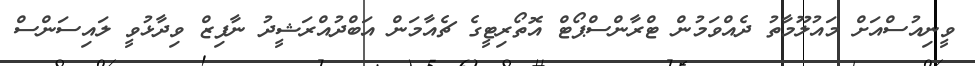
ވީނިއުސްއަށް މައުލޫމާތު ދެއްވަމުން ޓްރާންސްޕޯޓް އޮތޯރިޓީގެ ޗެއާމަން އަބްދުއްރަޝީދު ނާފިޒް ވިދާޅުވީ ލައިސަންސް